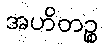
အဟိတဉ္စ